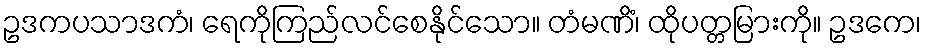
ဥဒကပသာဒကံ၊ ရေကိုကြည်လင်စေနိုင်သော။ တံမဏိံ၊ ထိုပတ္တမြားကို။ ဥဒကေ၊